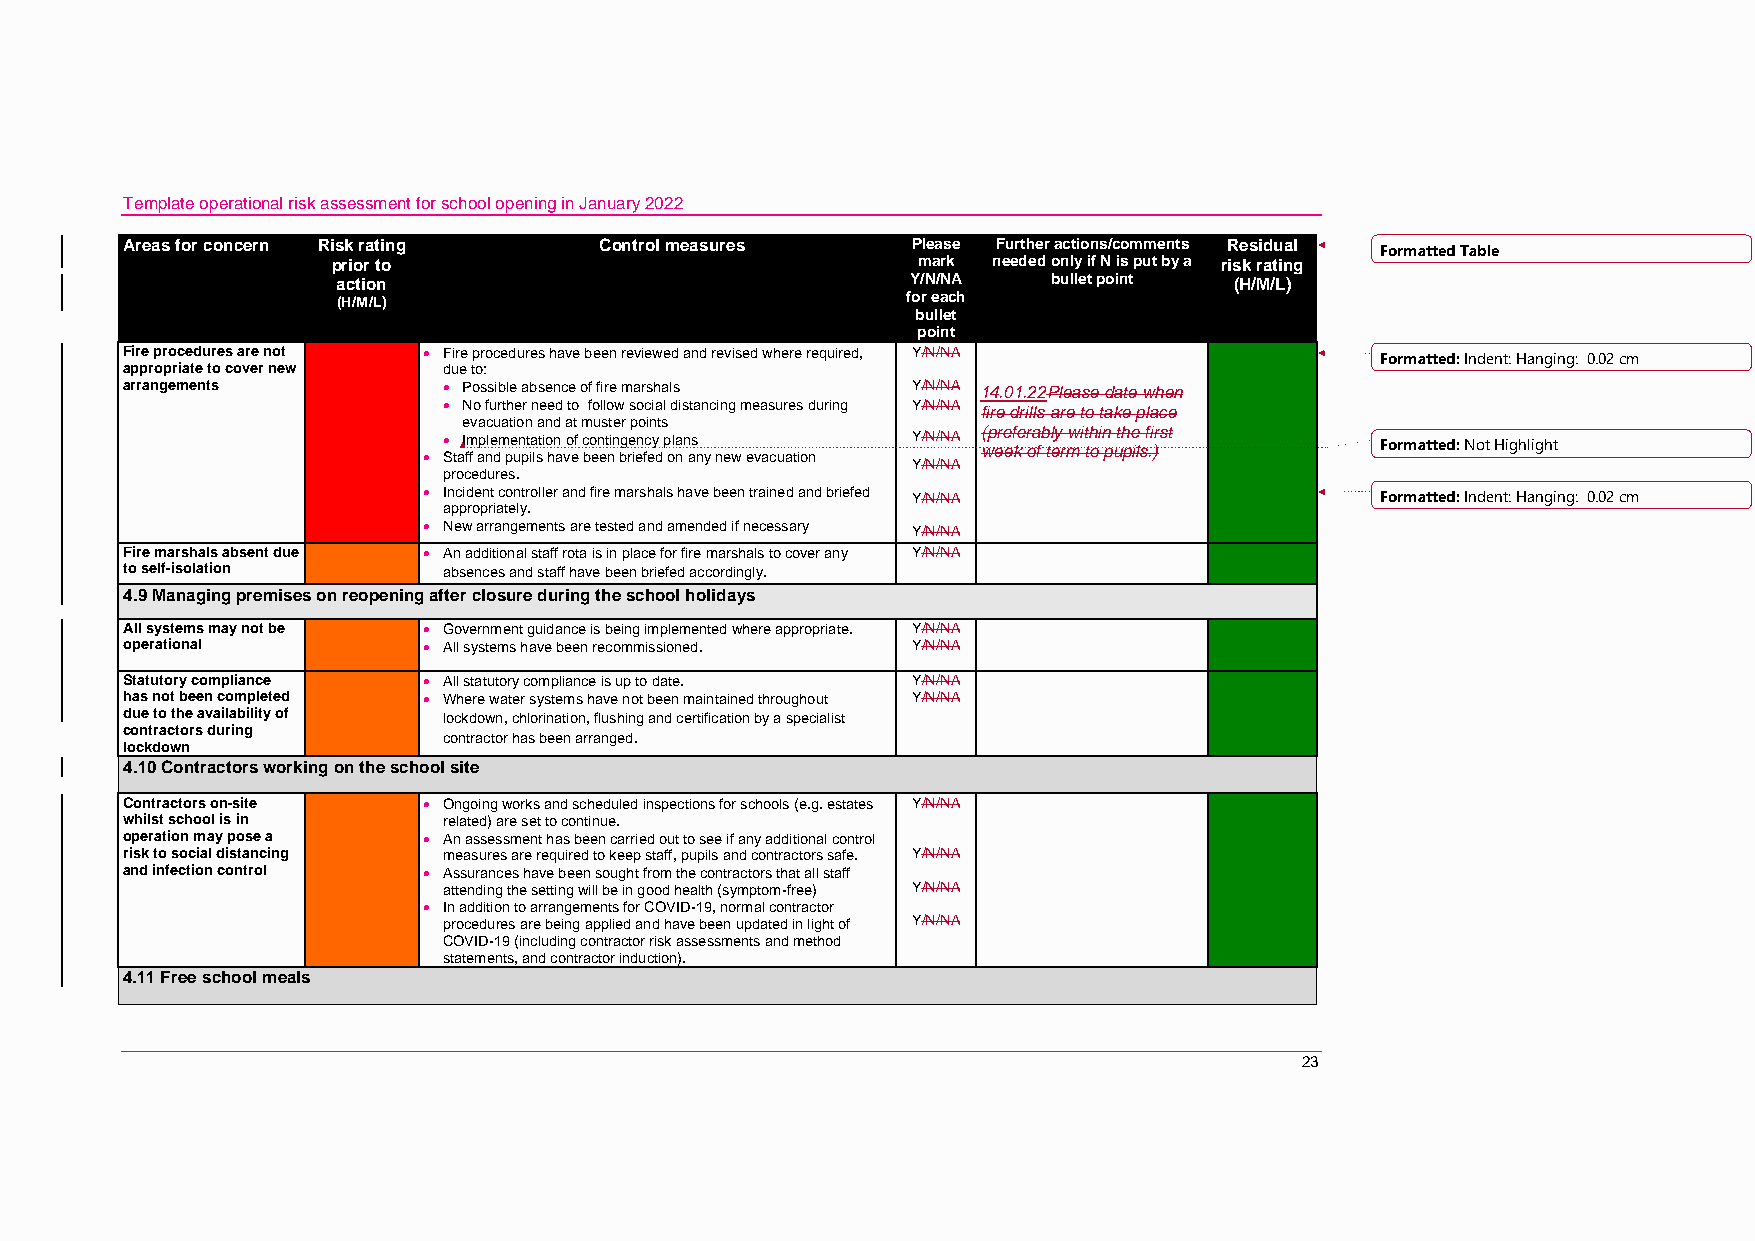
Template operational risk assessment for school opening in January 2022
 Areas for concern Risk rating   Control measures    Please Further actions/comments Residual Formatted Table
 prior to                               mark needed only if N is put by a risk rating
 action                                Y/N/NA    bullet point (H/M/L)
 (H/M/L)                               for each
 bullet
 point
 Fire procedures are not  Fire procedures have been reviewed and revised where required, Y/N/NA Formatted: Indent: Hanging: 0.02 cm
 appropriate to cover new due to:
 arrangements          Possible absence of fire marshals Y/N/NA 14.01.22Please date when
  No further need to follow social distancing measures during Y/N/NA fire drills are to take place
 evacuation and at muster points
 
 
 S
 taI fm
 f
 ap nle dm pe un pt ia lsti o hn
 a
 vo ef c bo en et nin bg re ien fc ey
 d
 p ola nn as
 n y new evacuation
 Y/N/ NA ( wp ere ef ke r oa f b tely r mw it th oi n p uth pe ils f .i )r st Formatted: Not Highlight
 procedures.
 Y/N/NA
  Incident controller and fire marshals have been trained and briefed Y/N/NA Formatted: Indent: Hanging: 0.02 cm
 appropriately.
  New arrangements are tested and amended if necessary Y/N/NA
 Fire marshals absent due  An additional staff rota is in place for fire marshals to cover any Y/N/NA
 to self-isolation    absences and staff have been briefed accordingly.
 4.9 Managing premises on reopening after closure during the school holidays
 All systems may not be  Government guidance is being implemented where appropriate. Y/N/NA
 operational          All systems have been recommissioned. Y/N/NA
 Statutory compliance  All statutory compliance is up to date. Y/N/NA
 has not been completed  Where water systems have not been maintained throughout Y/N/NA
 due to the availability of lockdown, chlorination, flushing and certification by a specialist
 contractors during
 contractor has been arranged.
 lockdown
 4.10 Contractors working on the school site
 Contractors on-site  Ongoing works and scheduled inspections for schools (e.g. estates Y/N/NA
 whilst school is in  related) are set to continue.
 operation may pose a  An assessment has been carried out to see if any additional control
 risk to social distancing measures are required to keep staff, pupils and contractors safe. Y/N/NA
 and infection control  Assurances have been sought from the contractors that all staff
 attending the setting will be in good health (symptom-free) Y/N/NA
  In addition to arrangements for COVID-19, normal contractor
 procedures are being applied and have been updated in light of Y/N/NA
 COVID-19 (including contractor risk assessments and method
 statements, and contractor induction).
 4.11 Free school meals
 23